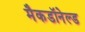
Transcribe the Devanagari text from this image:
मैकडॉनेल्ड